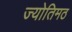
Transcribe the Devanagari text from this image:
ज्योतिमठ